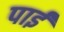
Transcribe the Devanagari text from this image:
पाईंं